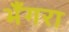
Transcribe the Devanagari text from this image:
भँगरा